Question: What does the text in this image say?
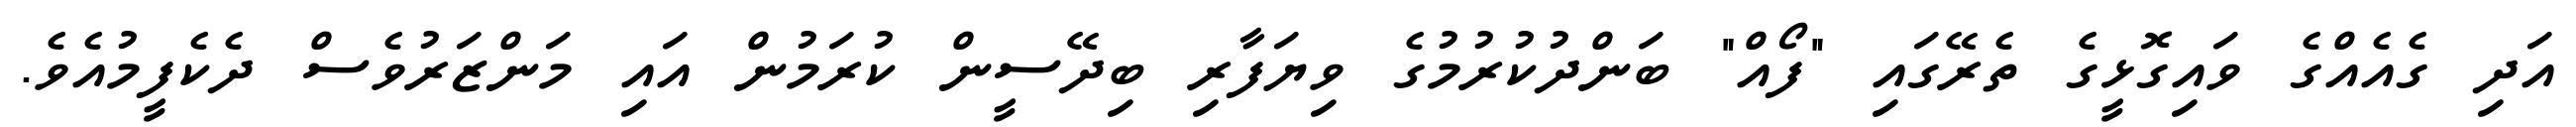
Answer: އަދި ގެއެއްގެ ވައިގޮޅީގެ ތެރޭގައި "ފޯއް" ބަންދުކުރުމުގެ ވިޔަފާރި ބިދޭސީން ކުރަމުން އައި މަންޒަރުވެސް ދެކެފީމުއެވެ.